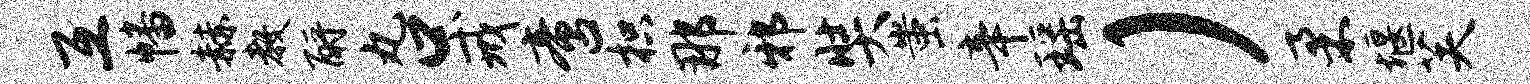
互幡赫教酹丸口戒啻枳那邪奘蚩辛瑶）柔堰芙